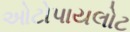
ઓટોપાયલોટ